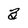
Character: 3